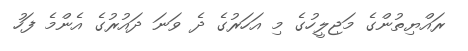
ރައްޔިތުންގެ މަޖިލީހުގެ މި އަހަރުގެ ދެ ވަނަ ދައުރުގެ އެންމެ ފަހު